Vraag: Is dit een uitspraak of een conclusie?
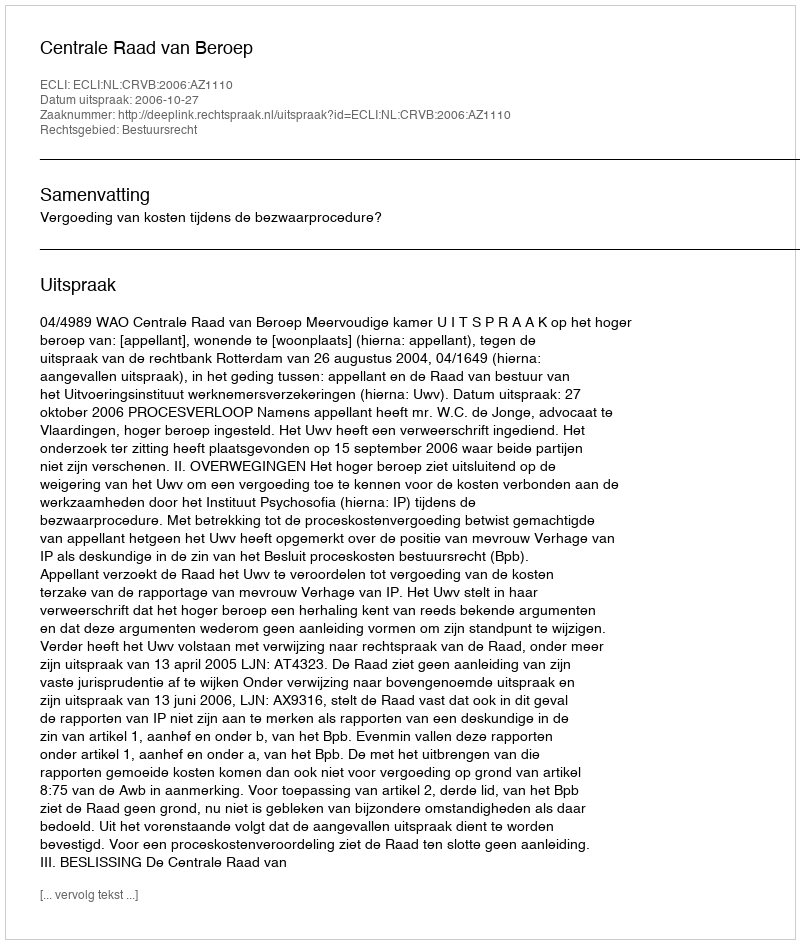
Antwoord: Uitspraak